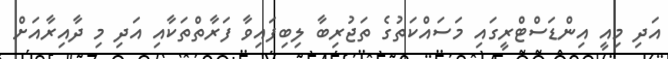
އަދި މިއީ އިންޑަސްޓްރީގައި މަސައްކަތުގެ ތަޖުރިބާ ލިބިފައިވާ ފަރާތްތަކާއި އަދި މި ދާއިރާއަށް